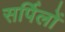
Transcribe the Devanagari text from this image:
सर्पिलों